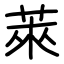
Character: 萊